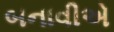
બનાવીએ